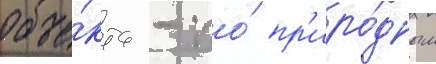
объе́кта - по́ пр'иро́дным